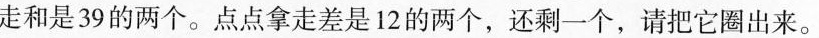
走和是39的两个。点点拿走差是12的两个，还剩一个，请把它圈出来。